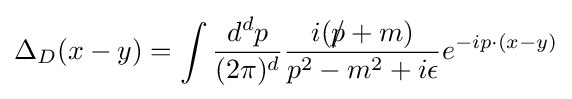
\Delta _{D}(x-y)=\int {\frac {d^{d}p}{(2\pi )^{d}}}{\frac {i({p\!\!\!/}+m)}{p^{2}-m^{2}+i\epsilon }}e^{-ip\cdot (x-y)}